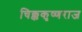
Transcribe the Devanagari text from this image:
चिक्ककृष्णराज